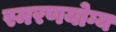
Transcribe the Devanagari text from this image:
स्मरणयोग्य